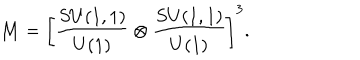
LaTeX: { \cal M } = \left[ { \frac { S U ( 1 , 1 ) } { U ( 1 ) } } \otimes { \frac { S U ( 1 , 1 ) } { U ( 1 ) } } \right] ^ { 3 } .